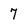
Character: 7